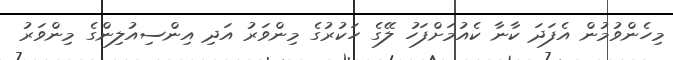
މިހެންވުމުން އެފަދަ ކާނާ ކެއުމަށްފަހު ލޭގެ ހަކުރުގެ މިންވަރު އަދި އިންސިއުލިންގެ މިންވަރު